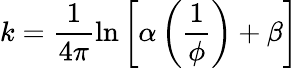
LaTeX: k=\frac{1}{4\pi}\ln{\left[\alpha\left(\frac{1}{\phi}\right)+\beta\right]}